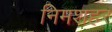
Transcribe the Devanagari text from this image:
निमशहर